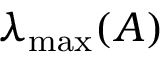
\lambda _ { \mathrm { m a x } } ( A )